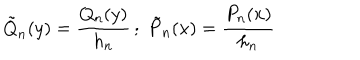
LaTeX: \tilde { Q } _ { n } ( y ) = \frac { Q _ { n } ( y ) } { h _ { n } } \, ; \; \tilde { P } _ { n } ( x ) = \frac { P _ { n } ( x ) } { h _ { n } }